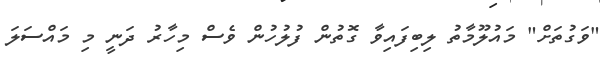
"ވަގުތަށް" މައުލޫމާތު ލިބިފައިވާ ގޮތުން ފުލުހުން ވެސް މިހާރު ދަނީ މި މައްސަލަ